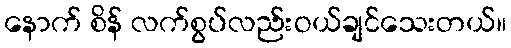
နောက် စိန် လက်စွပ်လည်းဝယ်ချင်သေးတယ်။